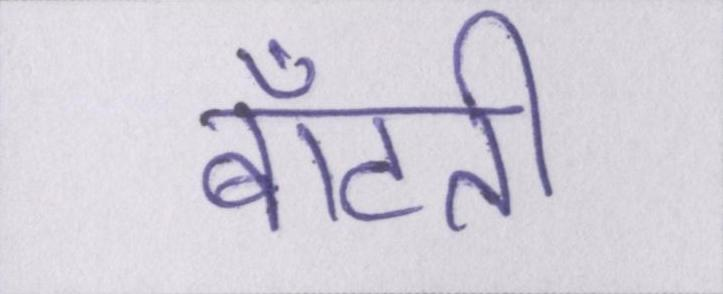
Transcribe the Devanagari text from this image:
बाँटती